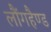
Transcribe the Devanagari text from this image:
लौंगहैण्ड